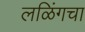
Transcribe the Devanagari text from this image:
लळिंगचा